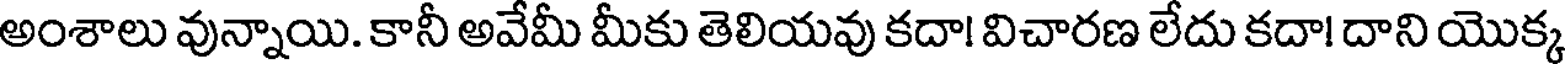
అంశాలు వున్నాయి. కానీ అవేమీ మీకు తెలియవు కదా! విచారణ లేదు కదా! దాని యొక్క